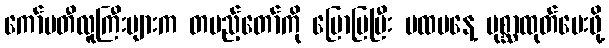
ကော်မတီလူကြီးများက တပည့်တော်ကို ပြောပြပြီး ပထမနေ့ ပုစ္ဆာထုတ်ပေးဖို့